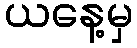
ယနေ့မှ